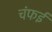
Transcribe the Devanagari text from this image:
चंफई